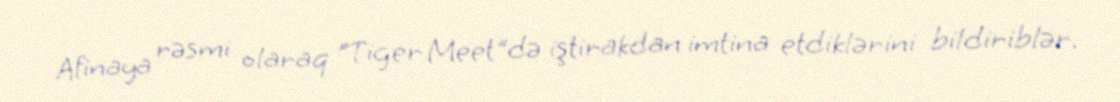
Afinaya rəsmi olaraq "Tiger Meet"də iştirakdan imtina etdiklərini bildiriblər.